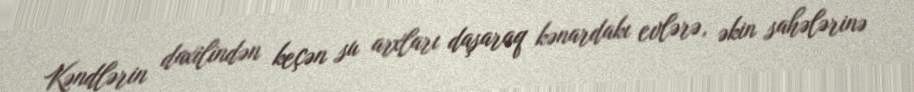
Kəndlərin daxilindən keçən su arxları daşaraq kənardakı evlərə, əkin sahələrinə